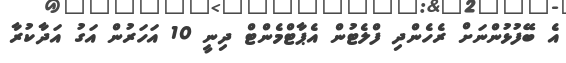
އެ ބޭފުޅުންނަށް ރެހެންދި ފްލެޓުން އެޕާޓްމެންޓް ދިނީ 10 އަހަރުން އަގު އަދާކުރާ